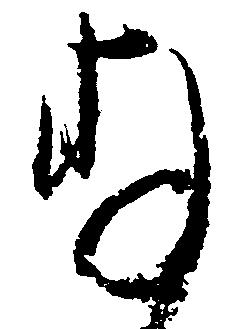
存